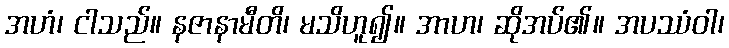
အဟံ၊ ငါသည်။ နဇာနာမီတိ၊ မသိဟူ၍။ အာဟ၊ ဆိုအပ်၏။ အပဿံဝါ၊